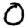
Digit: 0